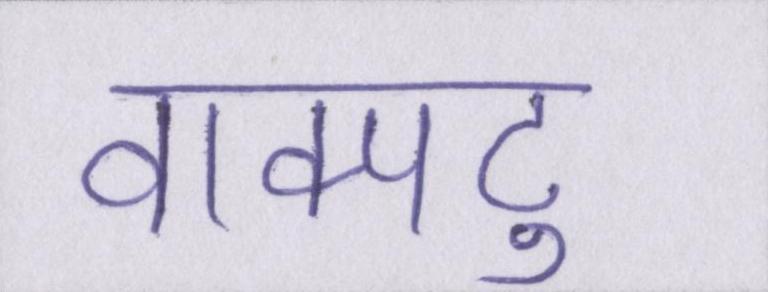
वाक्पटु